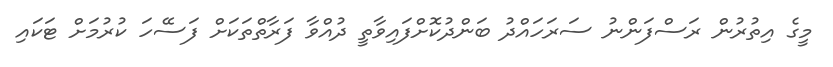
މީގެ އިތުރުން ރަސްފަންނު ސަރަހައްދު ބަންދުކޮށްފައިވާތީ ދުއްވާ ފަރާތްތަކަށް ފަސޭހަ ކުރުމަށް ޓަކައި